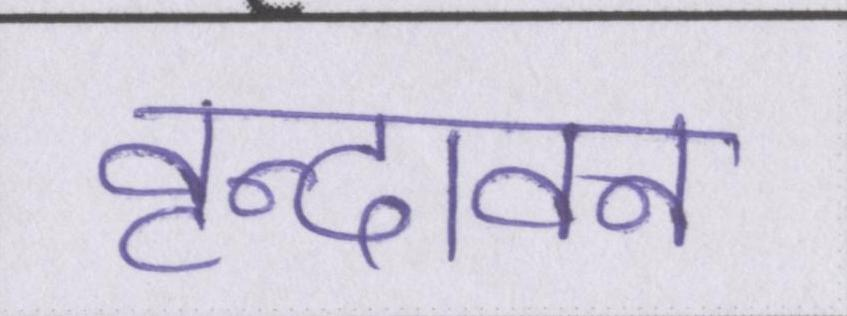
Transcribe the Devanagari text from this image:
वृन्दावन